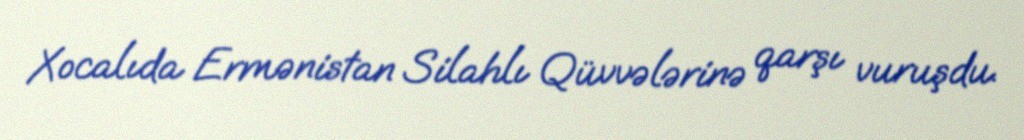
Xocalıda Ermənistan Silahlı Qüvvələrinə qarşı vuruşdu.